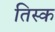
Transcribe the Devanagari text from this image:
तिस्क